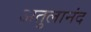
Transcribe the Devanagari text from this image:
अतुलानंद